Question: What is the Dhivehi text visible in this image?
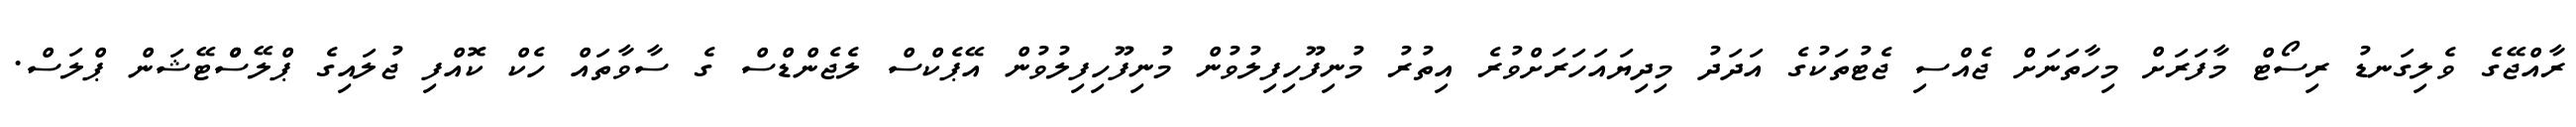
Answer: ރާއްޖޭގެ ވެލިގަނޑު ރިސޯޓް މާފަރަށް މިހާތަނަށް ޖެއްސި ޖެޓުތަކުގެ އަދަދު މިދިޔައަހަރަށްވުރެ އިތުރު މުނިފޫހިފިލުވުން މުނިފޫހިފިލުވުން އޭޕެކްސް ލެޖެންޑްސް ގެ ސާވާތައް ހެކް ކޮއްފި ޖުލައިގެ ޕްލޭސްްޓޭޝަން ޕްލަސް.